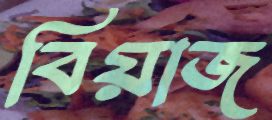
বিয়াজ